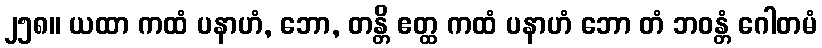
၂၅၈။ ယထာ ကထံ ပနာဟံ, ဘော, တန္တိ ဧတ္ထ ကထံ ပနာဟံ ဘော တံ ဘဝန္တံ ဂေါတမံ